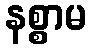
နစ္စာမ